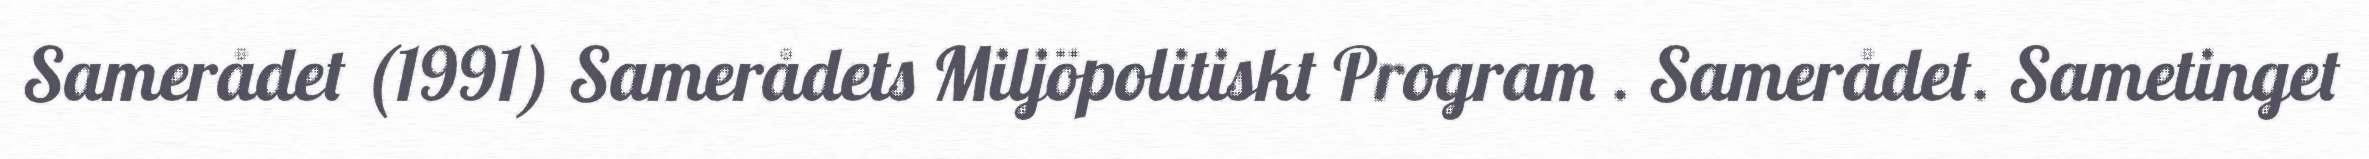
Samerådet (1991) Samerådets Miljöpolitiskt Program . Samerådet. Sametinget